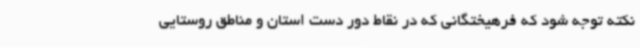
نکته توجه شود که فرهیختگانی که در نقاط دور دست استان و مناطق روستایی